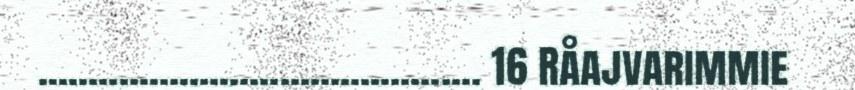
............................................ 16 Råajvarimmie